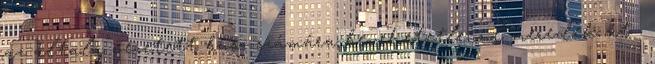
az általa vezetett busz számára bevehetetlenül meredek út .